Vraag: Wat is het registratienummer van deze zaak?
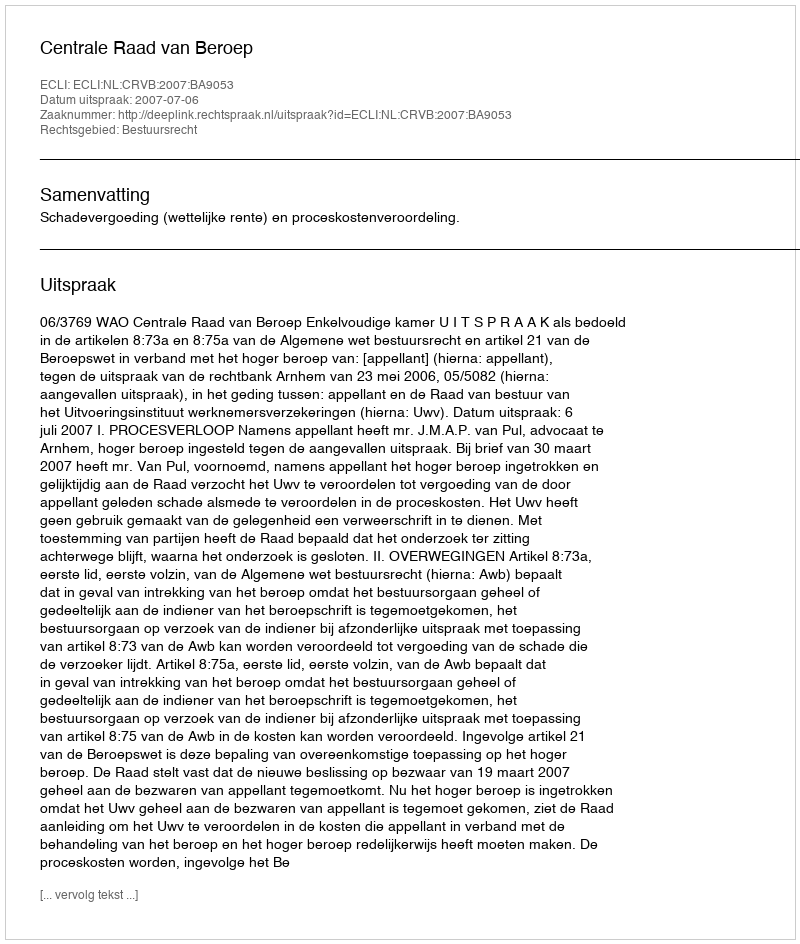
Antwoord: http://deeplink.rechtspraak.nl/uitspraak?id=ECLI:NL:CRVB:2007:BA9053